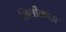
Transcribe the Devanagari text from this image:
लिलीकास